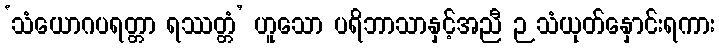
‘သံယောဂပရတ္တာ ရဿတ္တံ’ ဟူသော ပရိဘာသာနှင့်အညီ ဉသံယုတ်နှောင်းရကား